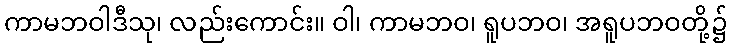
ကာမဘဝါဒီသု၊ လည်းကောင်း။ ဝါ၊ ကာမဘဝ၊ ရူပဘဝ၊ အရူပဘဝတို့၌